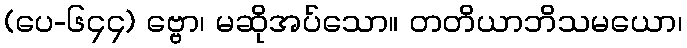
(ပေ-၆၄၄) ဗ္ဗော၊ မဆိုအပ်သော။ တတိယာဘိသမယော၊